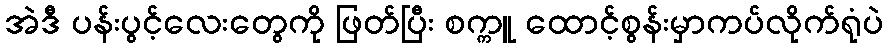
အဲဒီ ပန်းပွင့်လေးတွေကို ဖြတ်ပြီး စက္ကူ ထောင့်စွန်းမှာကပ်လိုက်ရုံပဲ